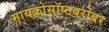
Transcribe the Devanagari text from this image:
मायक्रोसॉप्टबरोबर